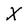
Character: X